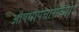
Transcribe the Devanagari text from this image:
औषधोपचारांच्या